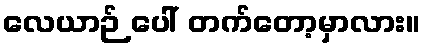
လေယာဉ် ပေါ် တက်တော့မှာလား။